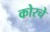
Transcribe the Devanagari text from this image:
कोरचे